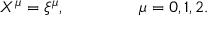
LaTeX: X ^ { \mu } = \xi ^ { \mu } , \qquad \qquad \ \mu = 0 , 1 , 2 .